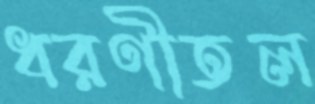
ধরণীতল